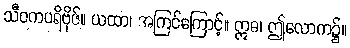
သီဝကပရိဗိုဇ်။ ယထာ၊ အကြင်ကြောင့်။ ဣဓ၊ ဤလောက၌။